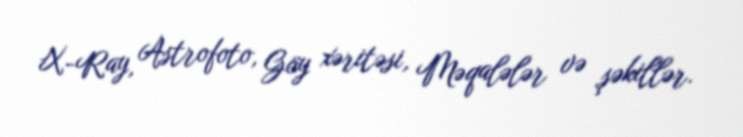
X-Ray, Astrofoto, Göy xəritəsi, Məqalələr və şəkillər.